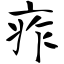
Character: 痄